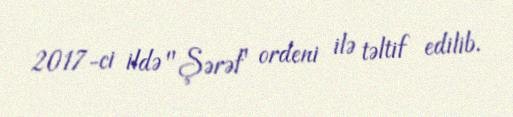
2017-ci ildə "Şərəf" ordeni ilə təltif edilib.